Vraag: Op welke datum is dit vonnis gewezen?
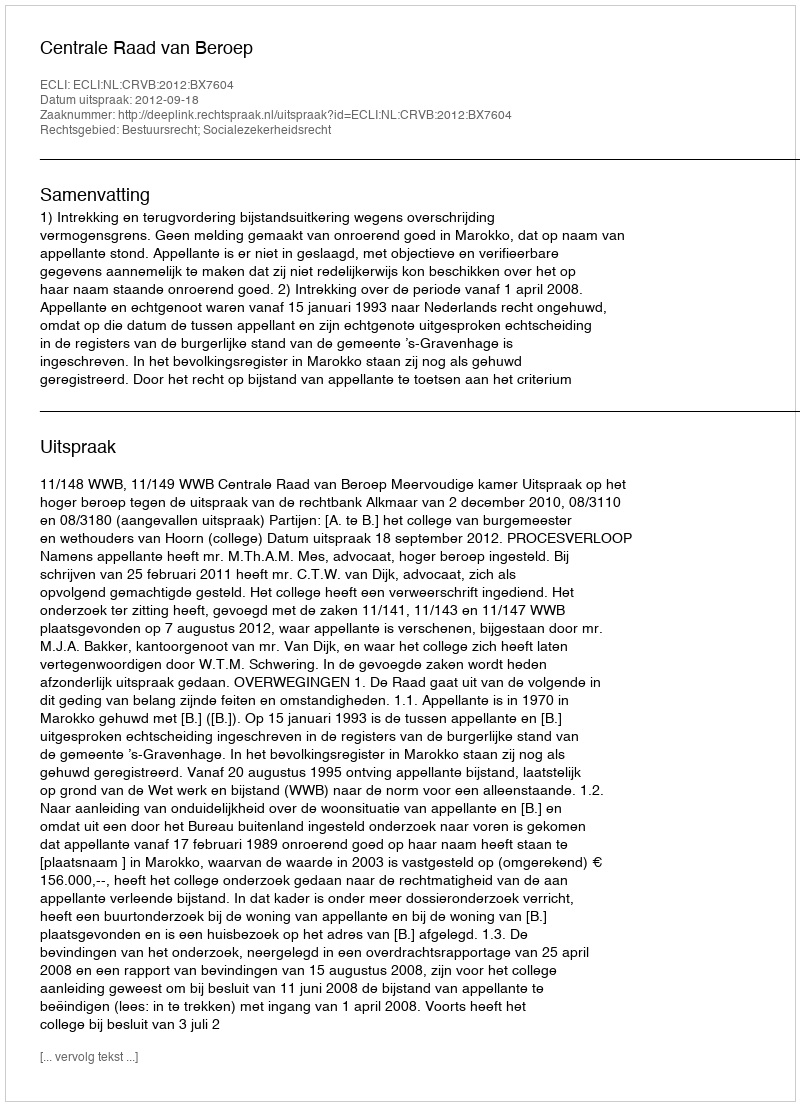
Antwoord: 2012-09-18